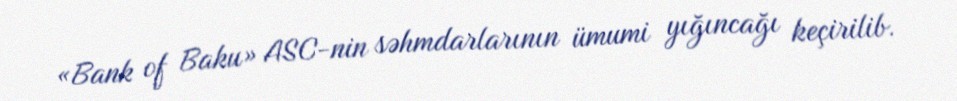
«Bank of Baku» ASC-nin səhmdarlarının ümumi yığıncağı keçirilib.